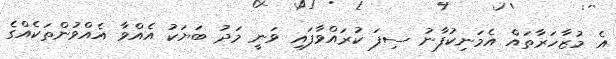
އެ މުޒާހަރާތައް އެމަނިކުފާނު ސިފަ ކުރައްވާފައި ވަނީ މަދު ބަޔަކު އެއްވާ އެއްވުންތަކެއްގެ